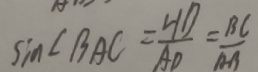
\sin \angle B A C = \frac { H D } { A D } = \frac { B C } { A B }